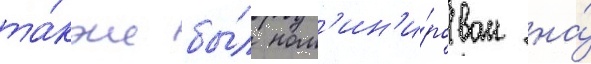
та́кже бы́л ном'ин'и́рован на́